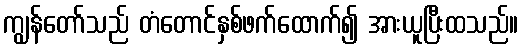
ကျွန်တော်သည် တံတောင်နှစ်ဖက်ထောက်၍ အားယူပြီးထသည်။